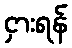
ငှားရန်